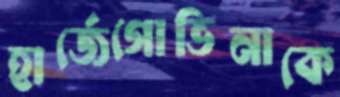
হার্জেগোভিনাকে